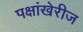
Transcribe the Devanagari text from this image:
पक्षांखेरीज